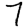
Digit: 7